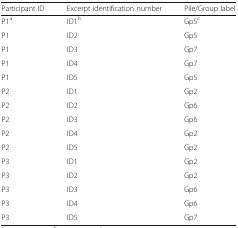
<table><thead><tr><td><b>Participant ID</b></td><td><b>Excerpt identification number</b></td><td><b>Pile/Group label</b></td></tr></thead><tbody><tr><td>P1<sup>a</sup></td><td>ID1<sup>b</sup></td><td>Gp5<sup>c</sup></td></tr><tr><td>P1</td><td>ID2</td><td>Gp5</td></tr><tr><td>P1</td><td>ID3</td><td>Gp7</td></tr><tr><td>P1</td><td>ID4</td><td>Gp7</td></tr><tr><td>P1</td><td>ID5</td><td>Gp5</td></tr><tr><td>P2</td><td>ID1</td><td>Gp2</td></tr><tr><td>P2</td><td>ID2</td><td>Gp6</td></tr><tr><td>P2</td><td>ID3</td><td>Gp6</td></tr><tr><td>P2</td><td>ID4</td><td>Gp2</td></tr><tr><td>P2</td><td>ID5</td><td>Gp2</td></tr><tr><td>P3</td><td>ID1</td><td>Gp2</td></tr><tr><td>P3</td><td>ID2</td><td>Gp2</td></tr><tr><td>P3</td><td>ID3</td><td>Gp6</td></tr><tr><td>P3</td><td>ID4</td><td>Gp6</td></tr><tr><td>P3</td><td>ID5</td><td>Gp7</td></tr></tbody></table>